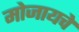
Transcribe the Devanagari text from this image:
मोजायचे